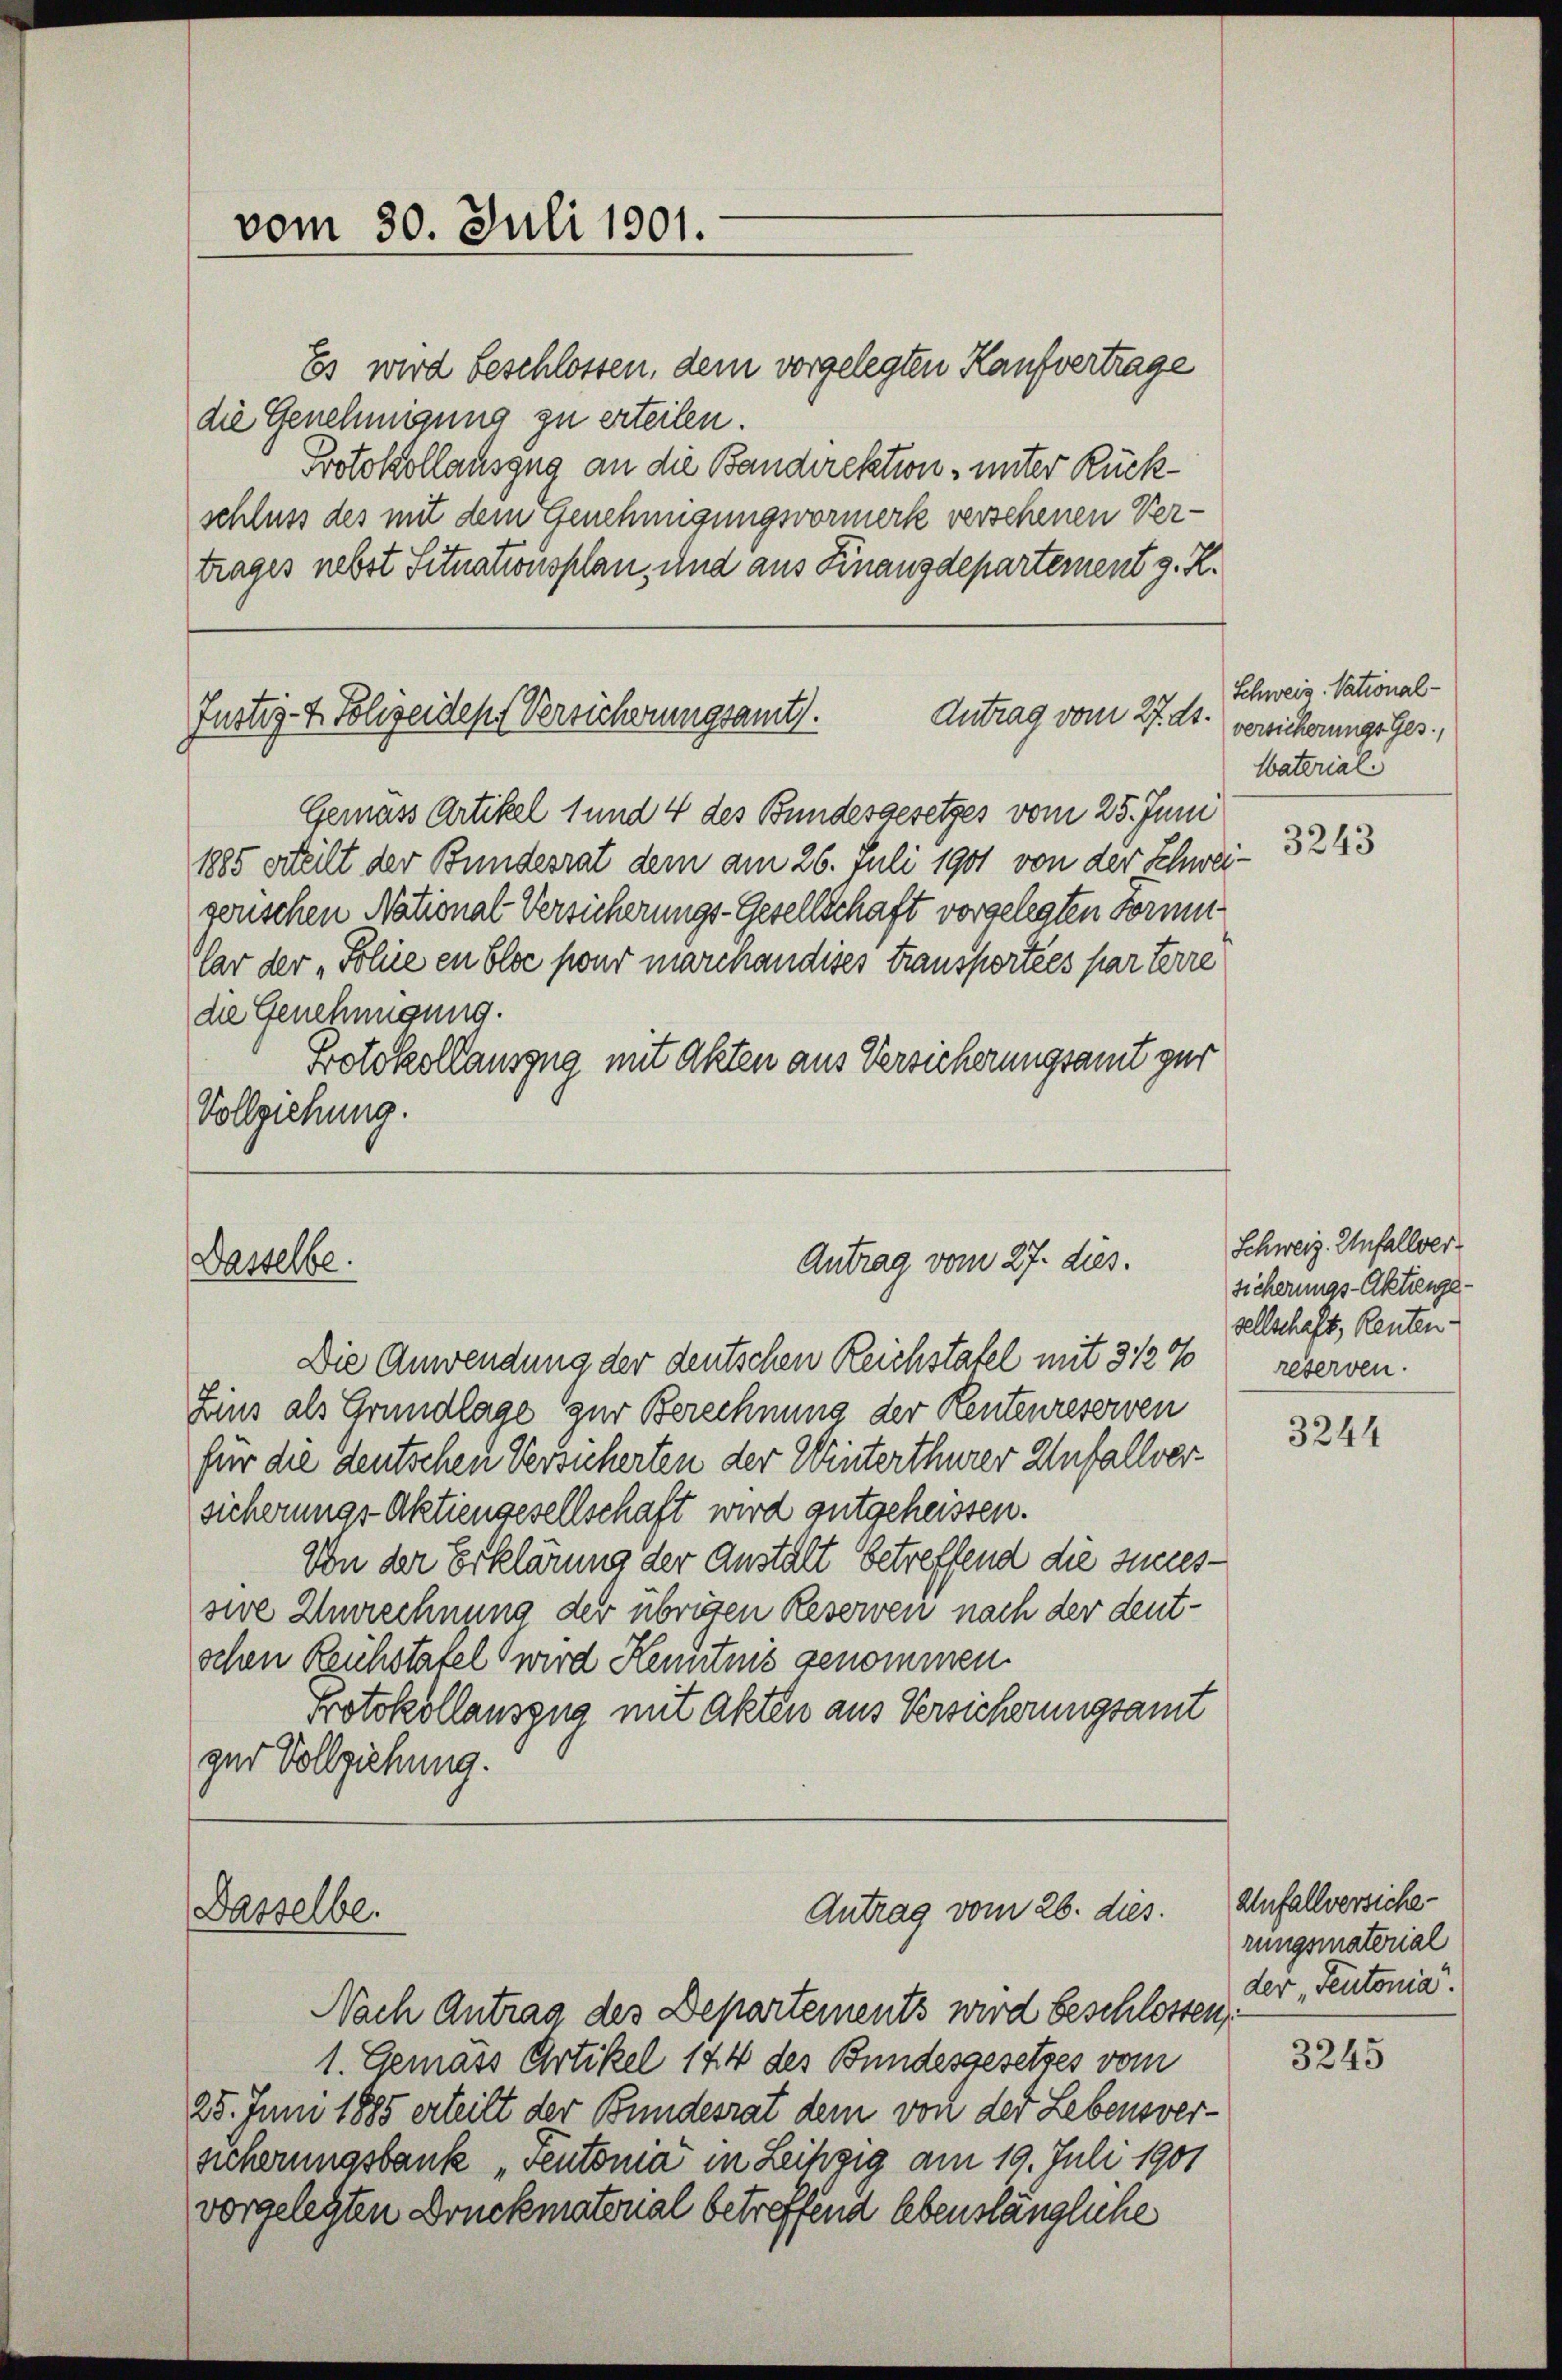
vom 30. Juli 1901.

Protokollauszug an die Bandirektion, unter Rückschluss des mit dem Genehmigungsvormerk verschenen Vertrages nebst Situationsplan und aus Finanzdepartement g. K.

Antrag vom 27. ds.
Justiz- & Polizeides Versicherungsamt.

Dasselbe.

Dasselbe.

Es wird beschlossen, dem vorgelegten Kaufvertrage
die Genehmigung zu erteilen.

Gemäss Artikel 1 und 4 des Bundesgesetzes vom 25. Juni
1885 erteilt der Bundesrat dem am 26. Juli 1901 von der Schwei-
gerischen National-Versicherungs-Gesellschaft vorgelegten Forme
lar der „Polue en blos pour marchandises Fransportées par terre
die Genehmigung.
Botokollauszug mit Akten aus Versicherungsamt zur
Vollziehung.

Die Anwendung der deutschen Reichstafel mit 312 % reserven
Zins als Grundlage zur Berechnung der Rentenreserven
für die deutschen Versucherten der Winterthurer Unfallver
sicherungs-Aktiengesellschaft wird gutgeheissen.
Von der Erklärung der Anstalt betreffend die Succes-
sive Zurechnung der übrigen Reserven nach der deutschen Reichstatel wird Kenntnis genommen.
Protokollauszug mit Akten aus Versicherungsamt
zur Vollziehung.

Nach Antrag des Departements wird beschlossen,
1. Gemäss Artikel 144 des Bundesgesetzes vom
25. Juni 1885 erteilt der Bundesrat dem von der Lebensversicherungsbank „Teutonia in Leihgig am 19. Juli 1901
vorgelegten Druckmaterial betreffend lebenslängliche

Antrag vom 27. dies.

Antrag vom 26. dies.

Schweiz. National-
versicherungs Ges.,
Waterial

3243

Schweiz. Unfallversicherungs-Aktienge-
sellschaft, Renten.

3244

Anfallversiche-
rungsmaterial
der „Seutonia".

3245